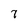
Character: 7